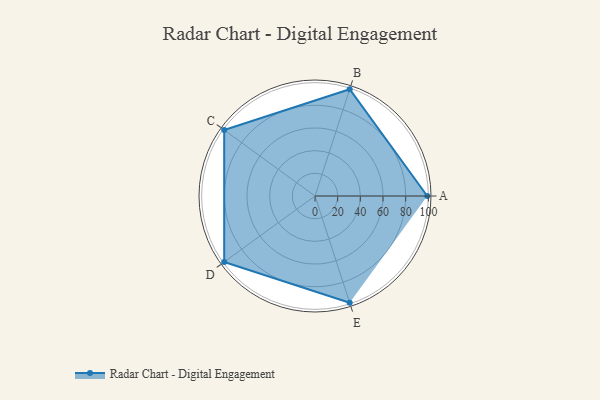
{"axis": {"x": "Skill", "y": "Score"}, "legend": ["Profile"], "data": [{"x": "A", "y": 99, "type": "Profile"}, {"x": "B", "y": 99, "type": "Profile"}, {"x": "C", "y": 99, "type": "Profile"}, {"x": "D", "y": 99, "type": "Profile"}, {"x": "E", "y": 99, "type": "Profile"}]}